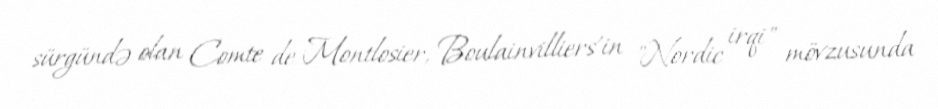
sürgündə olan Comte de Montlosier, Boulainvilliers'in "Nordic irqi" mövzusunda